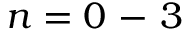
n = 0 \mathrm { ~ - ~ } 3